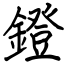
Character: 鐙